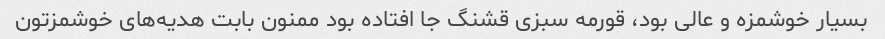
بسیار خوشمزه و عالی بود، قورمه سبزی قشنگ جا افتاده بود ممنون بابت هدیه‌های خوشمزتون